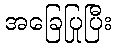
အခြေပြုပြီး